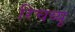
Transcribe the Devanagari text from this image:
रिचव्यू